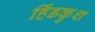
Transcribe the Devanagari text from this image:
हिंडकुश